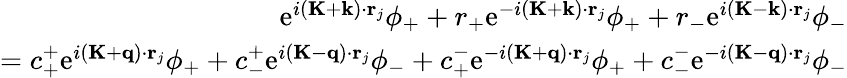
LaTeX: \begin{array}{r}{\mathrm{e}^{i(\mathbf{K}+\mathbf{k})\cdot\mathbf{r}_{j}}\phi_{+}+r_{+}\mathrm{e}^{-i(\mathbf{K}+\mathbf{k})\cdot\mathbf{r}_{j}}\phi_{+}+r_{-}\mathrm{e}^{i(\mathbf{K}-\mathbf{k})\cdot\mathbf{r}_{j}}\phi_{-}}\\ {=c_{+}^{+}\mathrm{e}^{i(\mathbf{K}+\mathbf{q})\cdot\mathbf{r}_{j}}\phi_{+}+c_{-}^{+}\mathrm{e}^{i(\mathbf{K}-\mathbf{q})\cdot\mathbf{r}_{j}}\phi_{-}+c_{+}^{-}\mathrm{e}^{-i(\mathbf{K}+\mathbf{q})\cdot\mathbf{r}_{j}}\phi_{+}+c_{-}^{-}\mathrm{e}^{-i(\mathbf{K}-\mathbf{q})\cdot\mathbf{r}_{j}}\phi_{-}}\end{array}